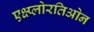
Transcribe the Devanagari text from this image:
एक्ष्प्लोरतिओन